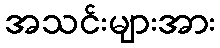
အသင်းများအား